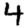
Digit: 4